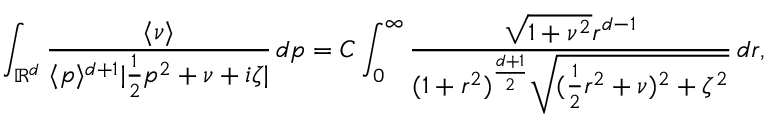
\int _ { \mathbb { R } ^ { d } } \frac { \langle \nu \rangle } { \langle p \rangle ^ { d + 1 } | \frac { 1 } { 2 } p ^ { 2 } + \nu + i \zeta | } \, d p = C \int _ { 0 } ^ { \infty } \frac { \sqrt { 1 + \nu ^ { 2 } } r ^ { d - 1 } } { ( 1 + r ^ { 2 } ) ^ { \frac { d + 1 } { 2 } } \sqrt { ( \frac { 1 } { 2 } r ^ { 2 } + \nu ) ^ { 2 } + \zeta ^ { 2 } } } \, d r ,